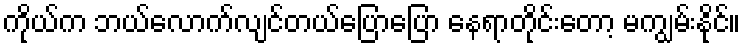
ကိုယ်က ဘယ်လောက်လျင်တယ်ပြောပြော နေရာတိုင်းတော့ မကျွမ်းနိုင်။